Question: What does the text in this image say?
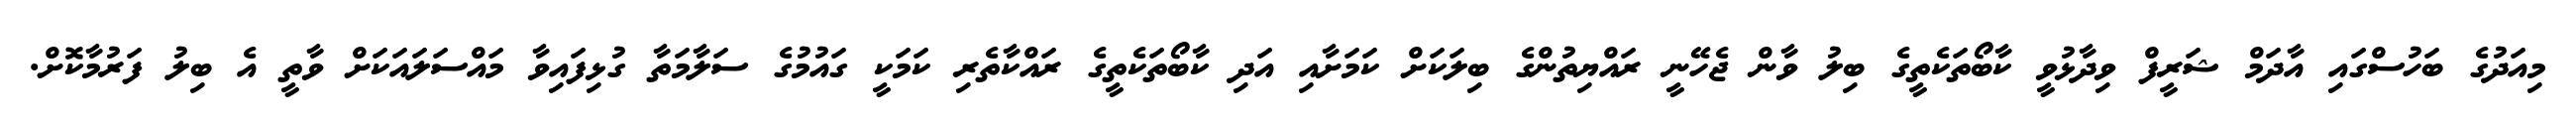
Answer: މިއަދުގެ ބަހުސްގައި އާދަމް ޝަރީފް ވިދާޅުވީ ކާބޯތަކެތީގެ ބިލު ވާން ޖެހޭނީ ރައްޔިތުންގެ ބިލަކަށް ކަމަށާއި އަދި ކާބޯތަކެތީގެ ރައްކާތެރި ކަމަކީ ގައުމުގެ ސަލާމަތާ ގުޅިފައިވާ މައްސަލައަކަށް ވާތީ އެ ބިލު ފަރުމާކޮށް.